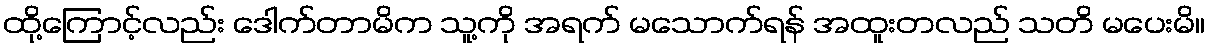
ထို့ကြောင့်လည်း ဒေါက်တာမိက သူ့ကို အရက် မသောက်ရန် အထူးတလည် သတိ မပေးမိ။